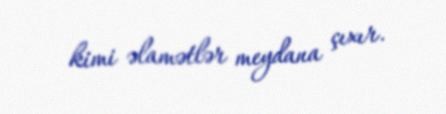
kimi əlamətlər meydana çıxır.